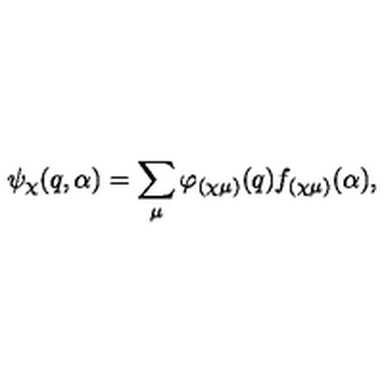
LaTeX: \psi _ { \chi } ( q , \alpha ) = \sum _ { \mu } \varphi _ { ( \chi \mu ) } ( q ) f _ { ( \chi \mu ) } ( \alpha ) ,